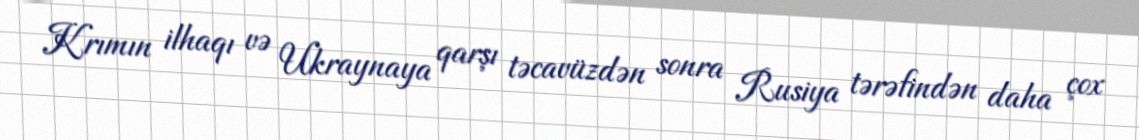
Krımın ilhaqı və Ukraynaya qarşı təcavüzdən sonra Rusiya tərəfindən daha çox